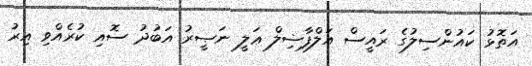
އަތޮޅު ކައުންސިލުގެ ރައީސް އަލްފާޟިލް ޢަލީ ނަޞީރު އަބުދު ސޮއި ކުރެއްވި އިރު